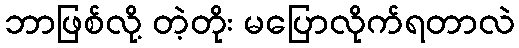
ဘာဖြစ်လို့ တဲ့တိုး မပြောလိုက်ရတာလဲ